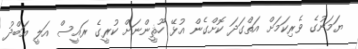
ޔަމަނުގެ ވެރިކަމަށް އަތްގަދަ ކޮށްގެން އުޅޭ ހޫޘީންނަށް ކުރީގެ ރައީސް އަލީ އަބްދު